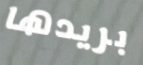
بريدها